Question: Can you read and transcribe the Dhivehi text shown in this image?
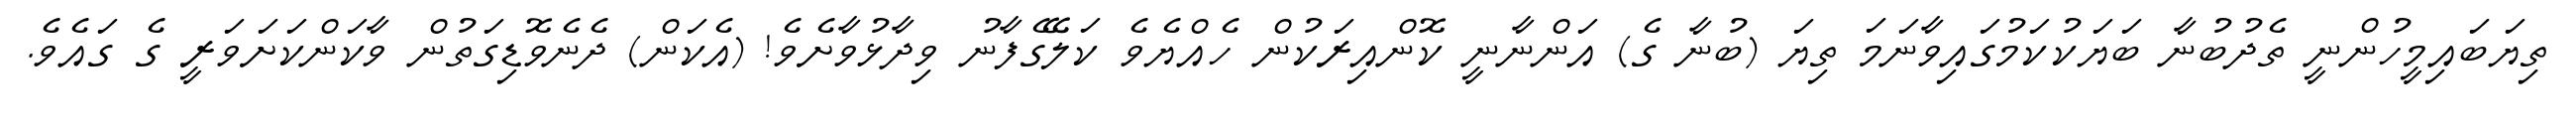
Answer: ތިޔަބައިމީހުންނީ ތެދުބުނާ ބަޔަކުކަމުގައިވާނަމަ ތިޔަ (ބުނާ ގެ) އަންނާނީ ކޮންއިރަކުން ހެއްޔެވެ ކަލޭގެފާނު ވިދާޅުވާށެވެ! (އެކަން) ދެނެވޮޑިގަތުން ވާކަންކަށަވަރީ ގެ ގައެވެ.